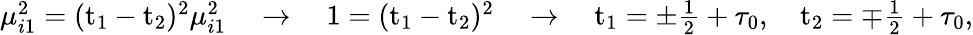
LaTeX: \begin{array}{r}{\mu_{i1}^{2}=(\mathrm{t}_{1}-\mathrm{t}_{2})^{2}\mu_{i1}^{2}\quad\rightarrow\quad 1=(\mathrm{t}_{1}-\mathrm{t}_{2})^{2}\quad\rightarrow\quad\mathrm{t}_{1}=\pm\frac{1}{2}+\tau_{0},\quad\mathrm{t}_{2}=\mp\frac{1}{2}+\tau_{0},}\end{array}